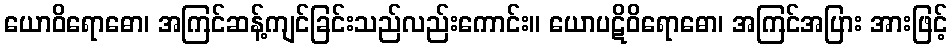
ယောဝိရောဓော၊ အကြင်ဆန့်ကျင်ခြင်းသည်လည်းကောင်း။ ယောပဋိဝိရောဓော၊ အကြင်အပြား အားဖြင့်